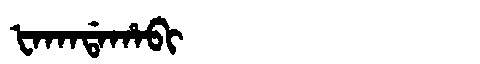
Manchu: ᡶᠠᡴᠠᡩᠠᡥᠠᠪᡳ
Romanization: FAKADAHABI